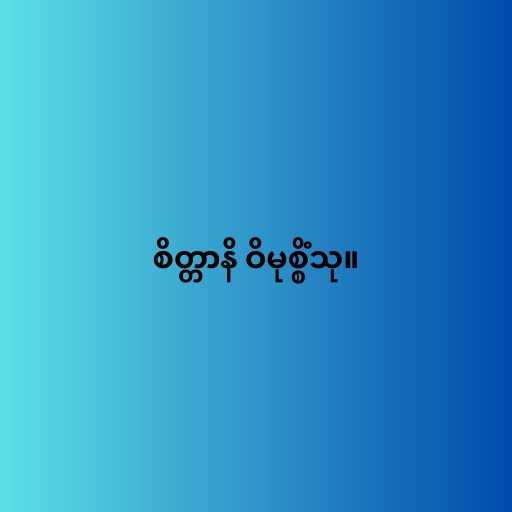
စိတ္တာနိ ဝိမုစ္စိံသု။